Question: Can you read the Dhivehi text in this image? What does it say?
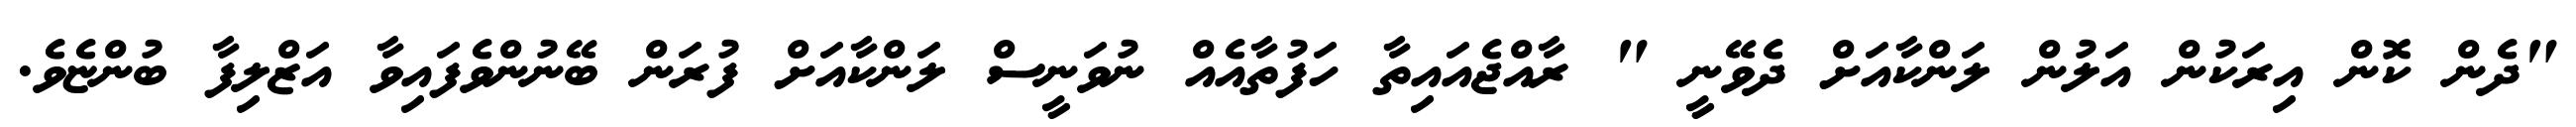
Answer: "ދެން ކޮން އިރަކުން އަލުން ލަންކާއަށް ދެވޭނީ " ރާއްޖެއައިތާ ހަފުތާއެއް ނުވަނީސް ލަންކާއަށް ފުރަން ބޭނުންވެފައިވާ އަޒްލިފާ ބުންޏެވެ.